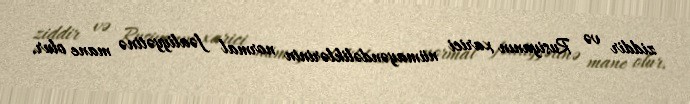
ziddir və Rusiyanın xarici nümayəndəliklərinin normal fəaliyyətinə mane olur.